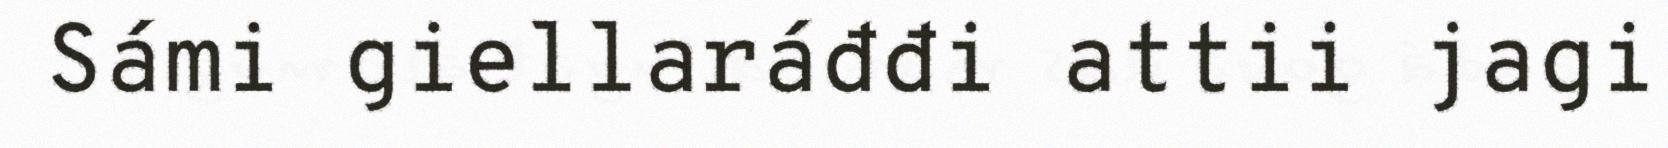
Sámi giellaráđđi attii jagi